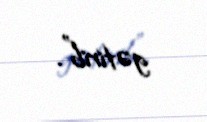
gətirib”.